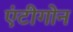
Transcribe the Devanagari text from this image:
एंटीगोन